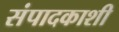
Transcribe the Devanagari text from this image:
संपादकाशी